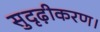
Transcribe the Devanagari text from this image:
सुदृढ़ीकरण।